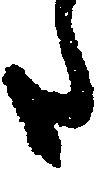
た